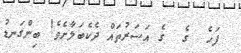
ފަހެ  ގެ  ގެ އަސަރުތައް ދެކެބަލާށެވެ! ބިންގަނޑު